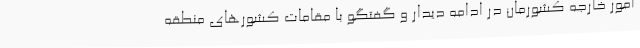
امور خارجه کشورمان در ادامه دیدار و گفتگو با مقامات کشورهای منطقه